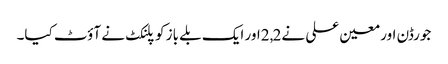
جورڈن اور معین علی نے2,2اور ایک بلے باز کو پلنکٹ نے آؤٹ کیا۔